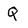
Character: Q